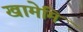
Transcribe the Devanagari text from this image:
खामेमि